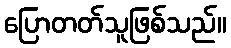
ပြောတတ်သူဖြစ်သည်။